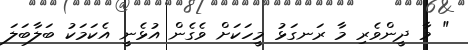
" މާ ދީންވެރި މާ ރަނގަޅު މީހަކަށް ވެގެން އުޅެނީ އެކަމަކު ބަލާބަލަ